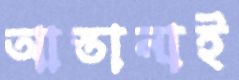
আস্তানাই